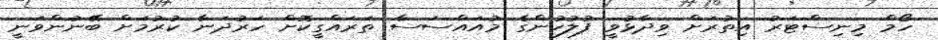
ހޯމް މިނިސްޓަރު އިތުރަށް ވިދާޅުވީ ފުލުހުންގެ މުއައްސަސާ ތަރައްގީކޮށް ހަރުދަނާ ކުރުމަށް ބޭނުންވަނީ